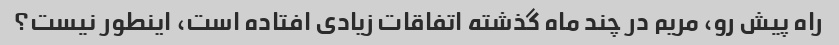
راه پیش رو، مریم در چند ماه گذشته اتفاقات زیادی افتاده است، اینطور نیست؟